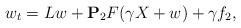
LaTeX: \begin{align*}w_t=L w + {\bf P}_2 F(\gamma X + w) + \gamma f_2,\end{align*}